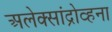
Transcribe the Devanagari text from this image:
अलेक्सांद्रोव्हना